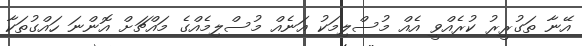
އޭނާ ތަގުރީރު ކުރެއްވީ އެއް މުސްލިމަކު އަނެއް މުސްލިމެއްގެ މައްޗަށް އޮންނަ ހައްގުތަކާ